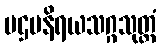
ပဌမနိရယသဂ္ဂသုတ္တံ